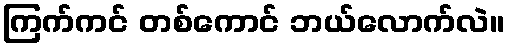
ကြက်ကင် တစ်ကောင် ဘယ်လောက်လဲ။